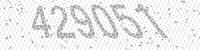
Solution: 429051